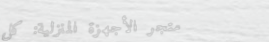
متجر الأجهزة المنزلية: كل